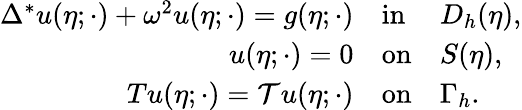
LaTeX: \begin{array}{r}{\begin{array}{rll}{\Delta^{*}u(\eta;\cdot)+\omega^{2}u(\eta;\cdot)=g(\eta;\cdot)}&{\mathrm{in}}&{D_{h}(\eta),}\\ {u(\eta;\cdot)=0}&{\mathrm{on}}&{S(\eta),}\\ {Tu(\eta;\cdot)=\mathcal{T}u(\eta;\cdot)}&{\mathrm{on}}&{\Gamma_{h}.}\end{array}}\end{array}